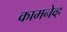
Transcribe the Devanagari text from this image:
कामनेव्ह